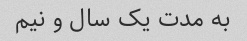
به مدت یک سال و نیم